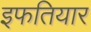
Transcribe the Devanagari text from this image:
इफतियार